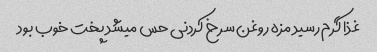
غذا گرم رسید مزه روغن سرخ کردنی حس میشد پخت خوب بود